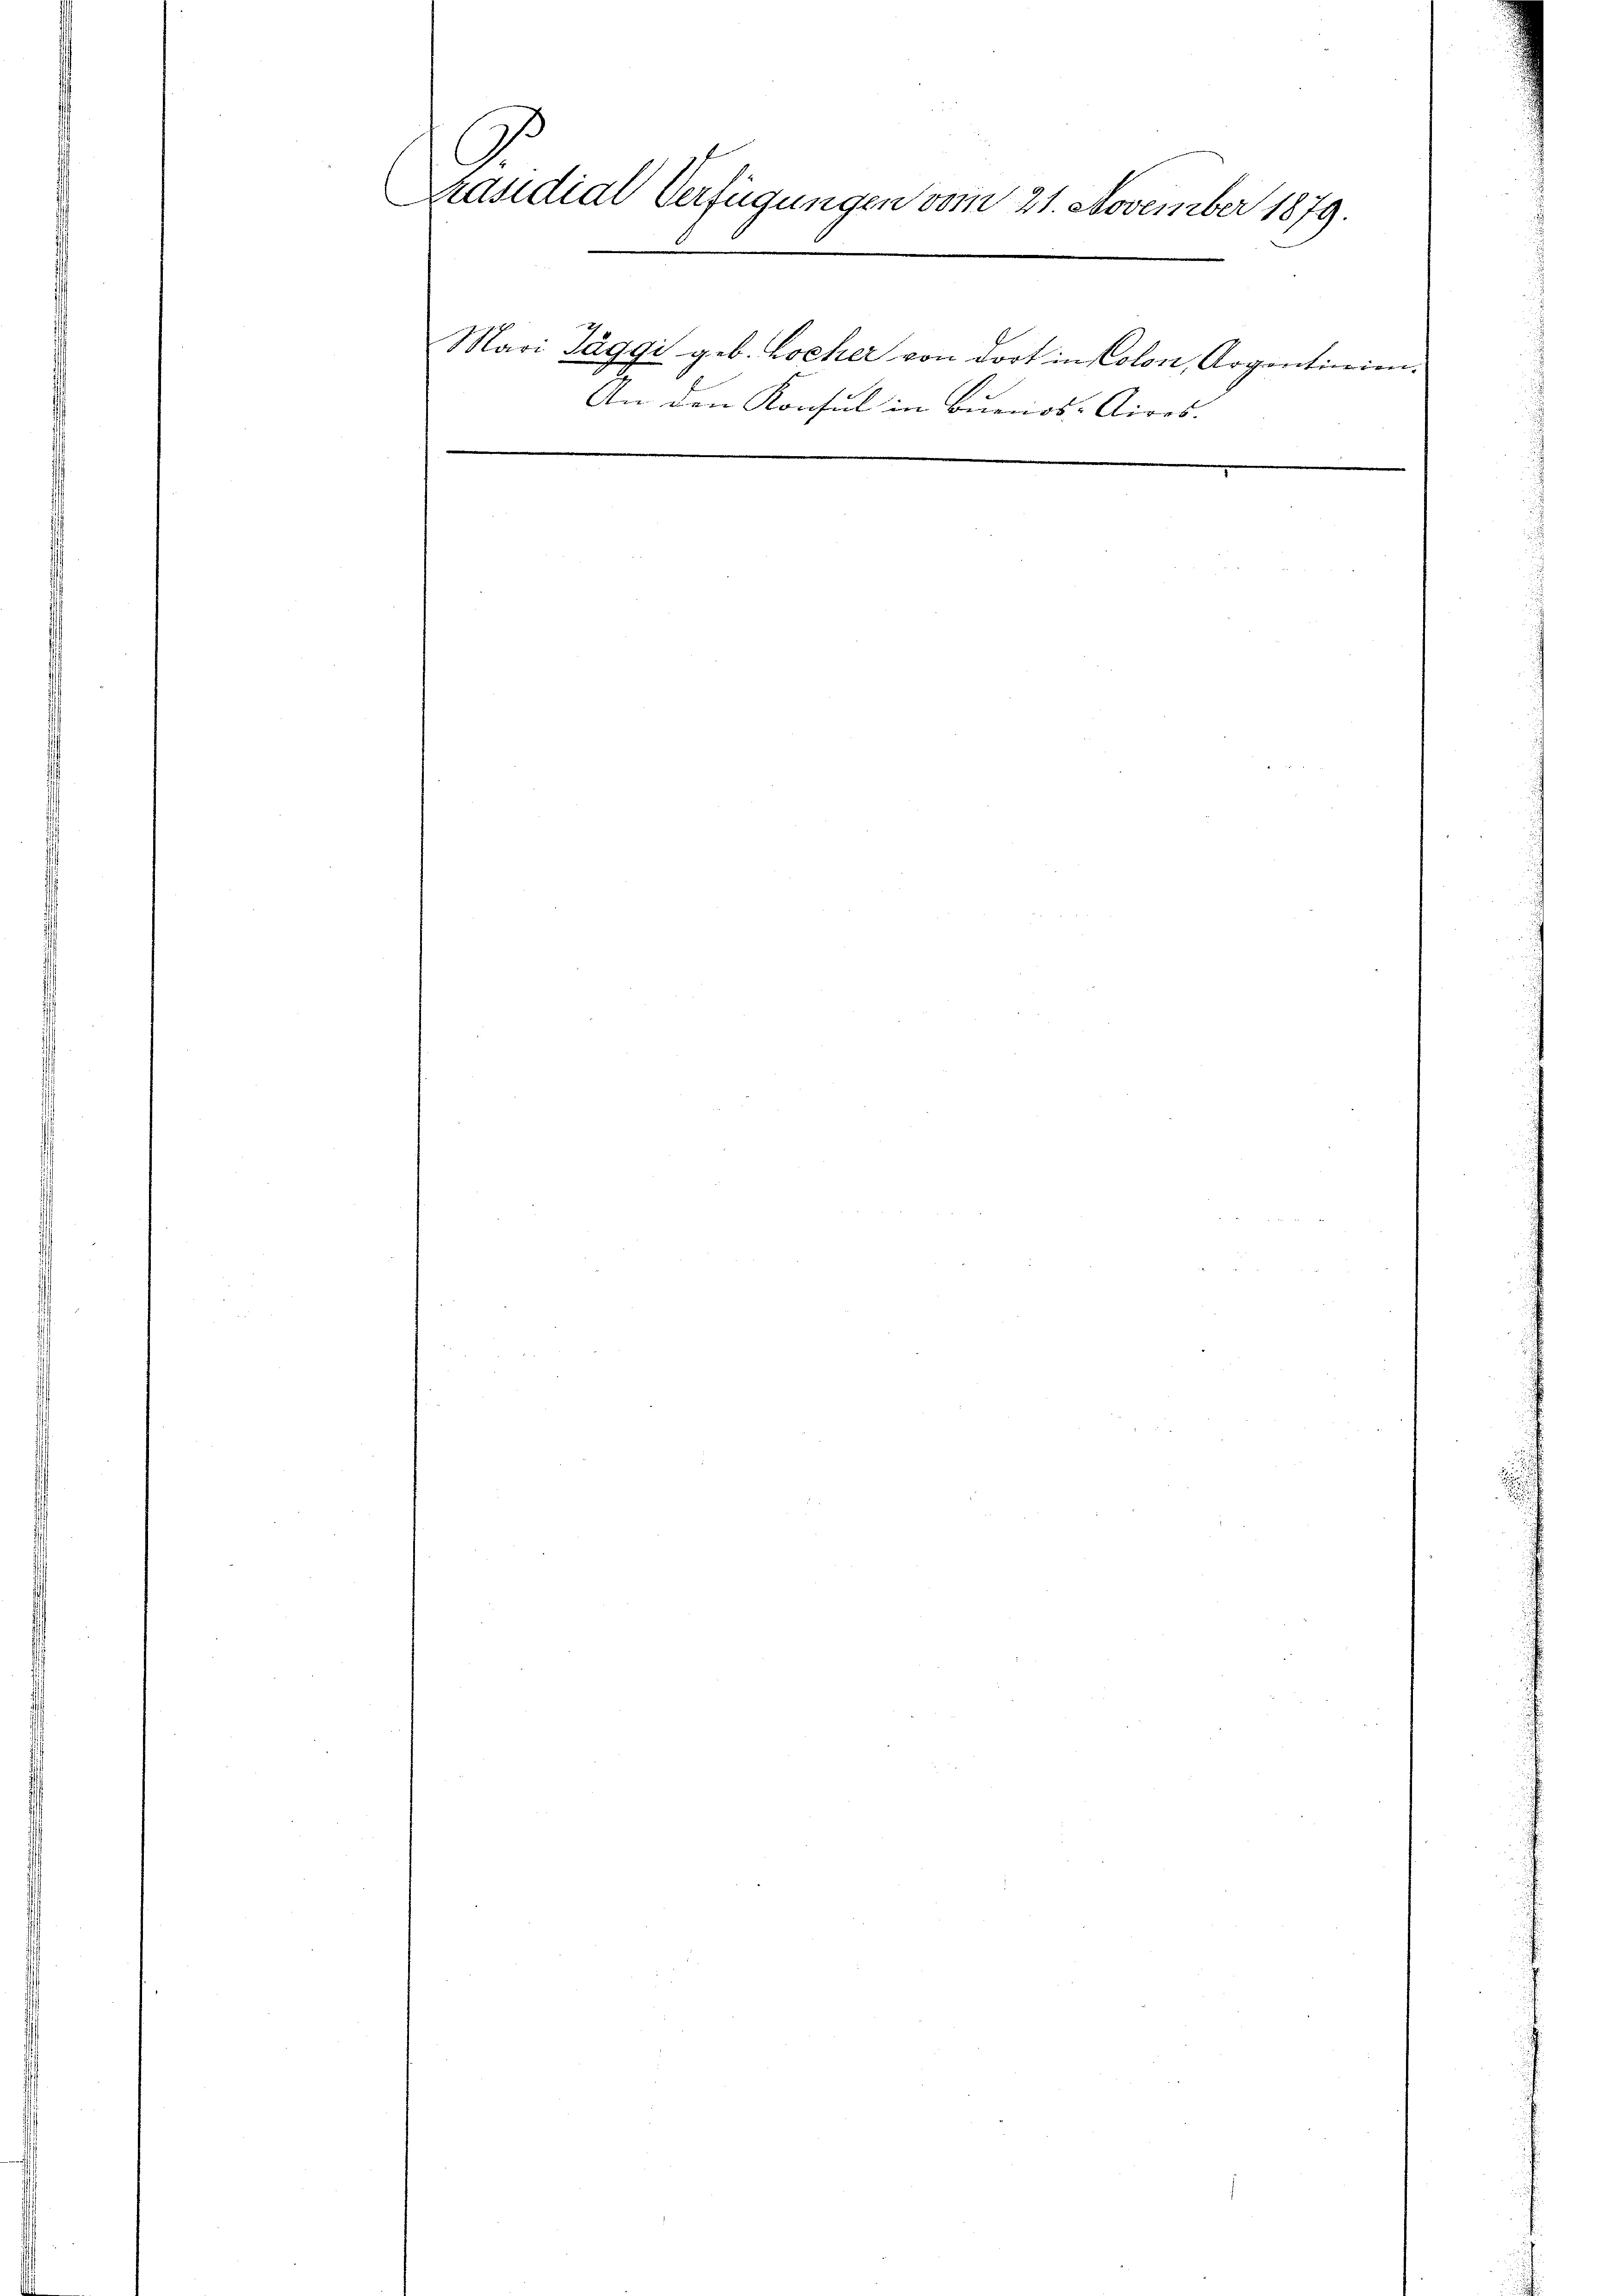
Präsidial Verfügungen vom 21. November 1879.
Mavi Taggi geb. Locher von dort in Colon, Argontierien.
g
An den Konsul in Burriss-Aires.